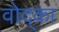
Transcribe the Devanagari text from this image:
वोद्का